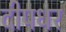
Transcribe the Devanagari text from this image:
दीपधर